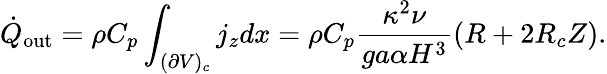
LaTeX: \dot{Q}_{\mathrm{out}}=\rho C_{p}\int_{(\partial V)_{c}}j_{z}dx=\rho C_{p}\frac{\kappa^{2}\nu}{ga\alpha H^{3}}(R+2R_{c}Z).